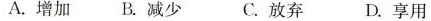
A.增加 B.减少 C.放弃 D.享用